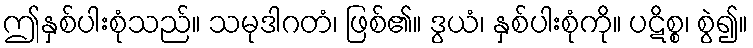
ဤနှစ်ပါးစုံသည်။ သမုဒါဂတံ၊ ဖြစ်၏။ ဒွယံ၊ နှစ်ပါးစုံကို။ ပဋိစ္စ၊ စွဲ၍။